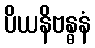
ပိယနိဗန္ဓနံ